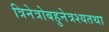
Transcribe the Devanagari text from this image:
त्रिनेत्रोबहुनेत्रश्यतथा